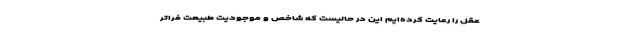
عقل را رعایت کرده‌ایم این در حالیست که شاخص و موجودیت طبیعت فراتر